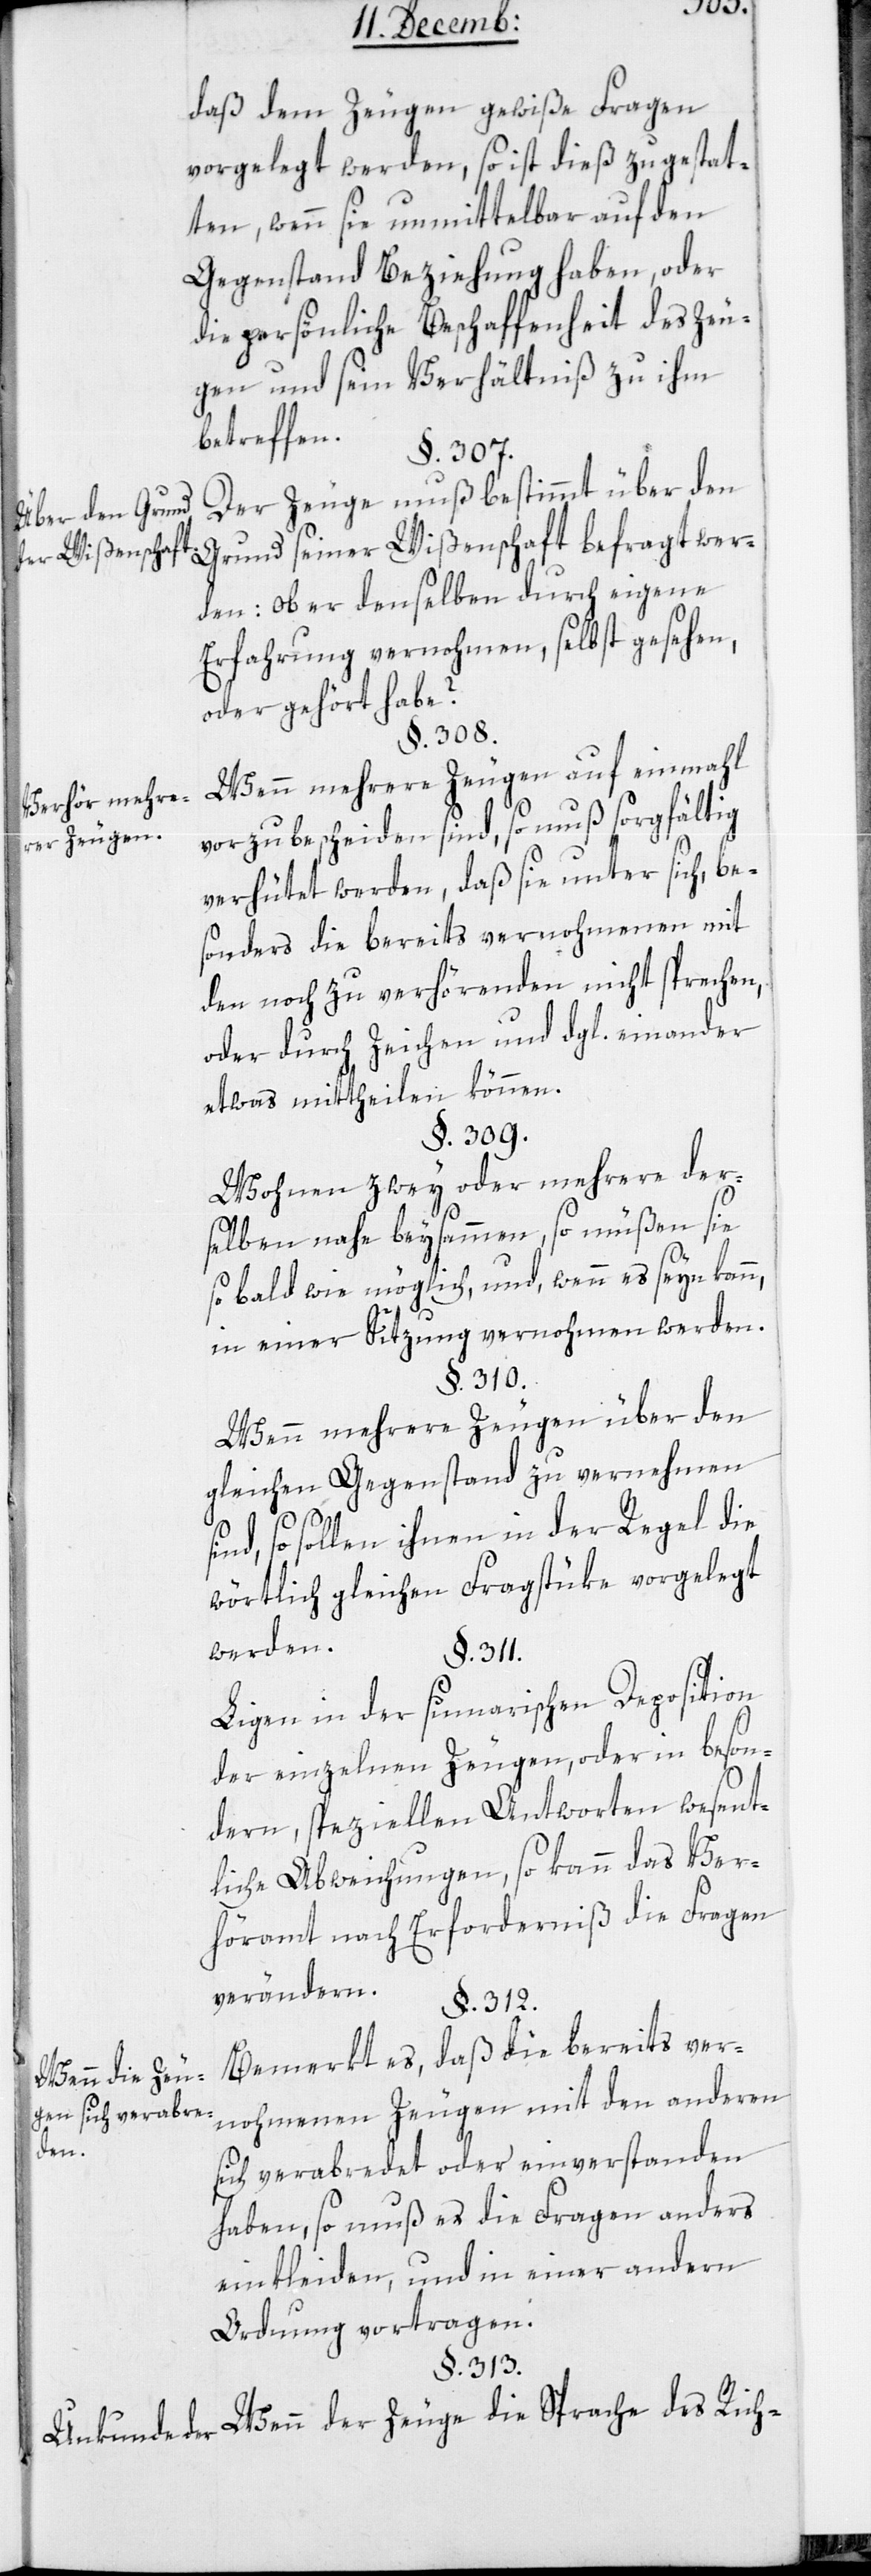
w.
daß dem Zeugen gewiße Fragen
vorgelegt werden, so ist dieß zu gestat¬
ten, wenn sie unmittelbar auf den
Gegenstand Beziehung haben, oder
die persönliche Beschaffenheit des Zeu¬
gen und sein Verhältnis zu ihm
betreffen.
§. 307.
Der Zeuge muß bestimmt über den
Über den Grund
den: Ob er denselben durch eigene
Erfahrung vernohmen, selbst gesehen
oder gehört habe?
§. 308.
Wenn mehrere Zeugen auf einmahl
Verhör mehre¬
vorzubescheiden sind, so muß sorgfältig
rer Zeugen.
verhütet werden, daß sie unter sich, be¬
sonders die bereits vernohmenen mit
den noch zu verhörenden nicht sprechen,
oder durch Zeichen und dgl. einander
etwas mittheilen können.
§. 309.
Wohnen zwey oder mehrere der¬
selben nahe beysammen, so müßen sie
so bald wie möglich, und wenn es seyn kann,
in einer Sitzung vernohmen werden.
§. 310.
Wenn mehrere Zeugen über den
gleichen Gegenstand zu vernehmen
u. s.
ind, so sollen ihnen in der Regel die
wörtlich gleichen Fragstüke vorgelegt
werden.
§. 311.
Liegen in der sumarischen Deposition
der einzelnen Zeugen, oder in beson¬
dern, speziellen Antworten wesent¬
liche Abweichungen, so kann das Ver¬
höramt nach Erforderniß die Fragen
verändern.
§. 312.
Bemerkt es, daß die bereits ver¬
Wenn der Zeuge
nohmenen Zeugen mit den anderen
gen sich verabre¬
den.
sich verabredet oder einverstanden
haben, so muß es die Fragen anders
einkleiden, und in einer andern
Ordnung vortragen.
§. 313.